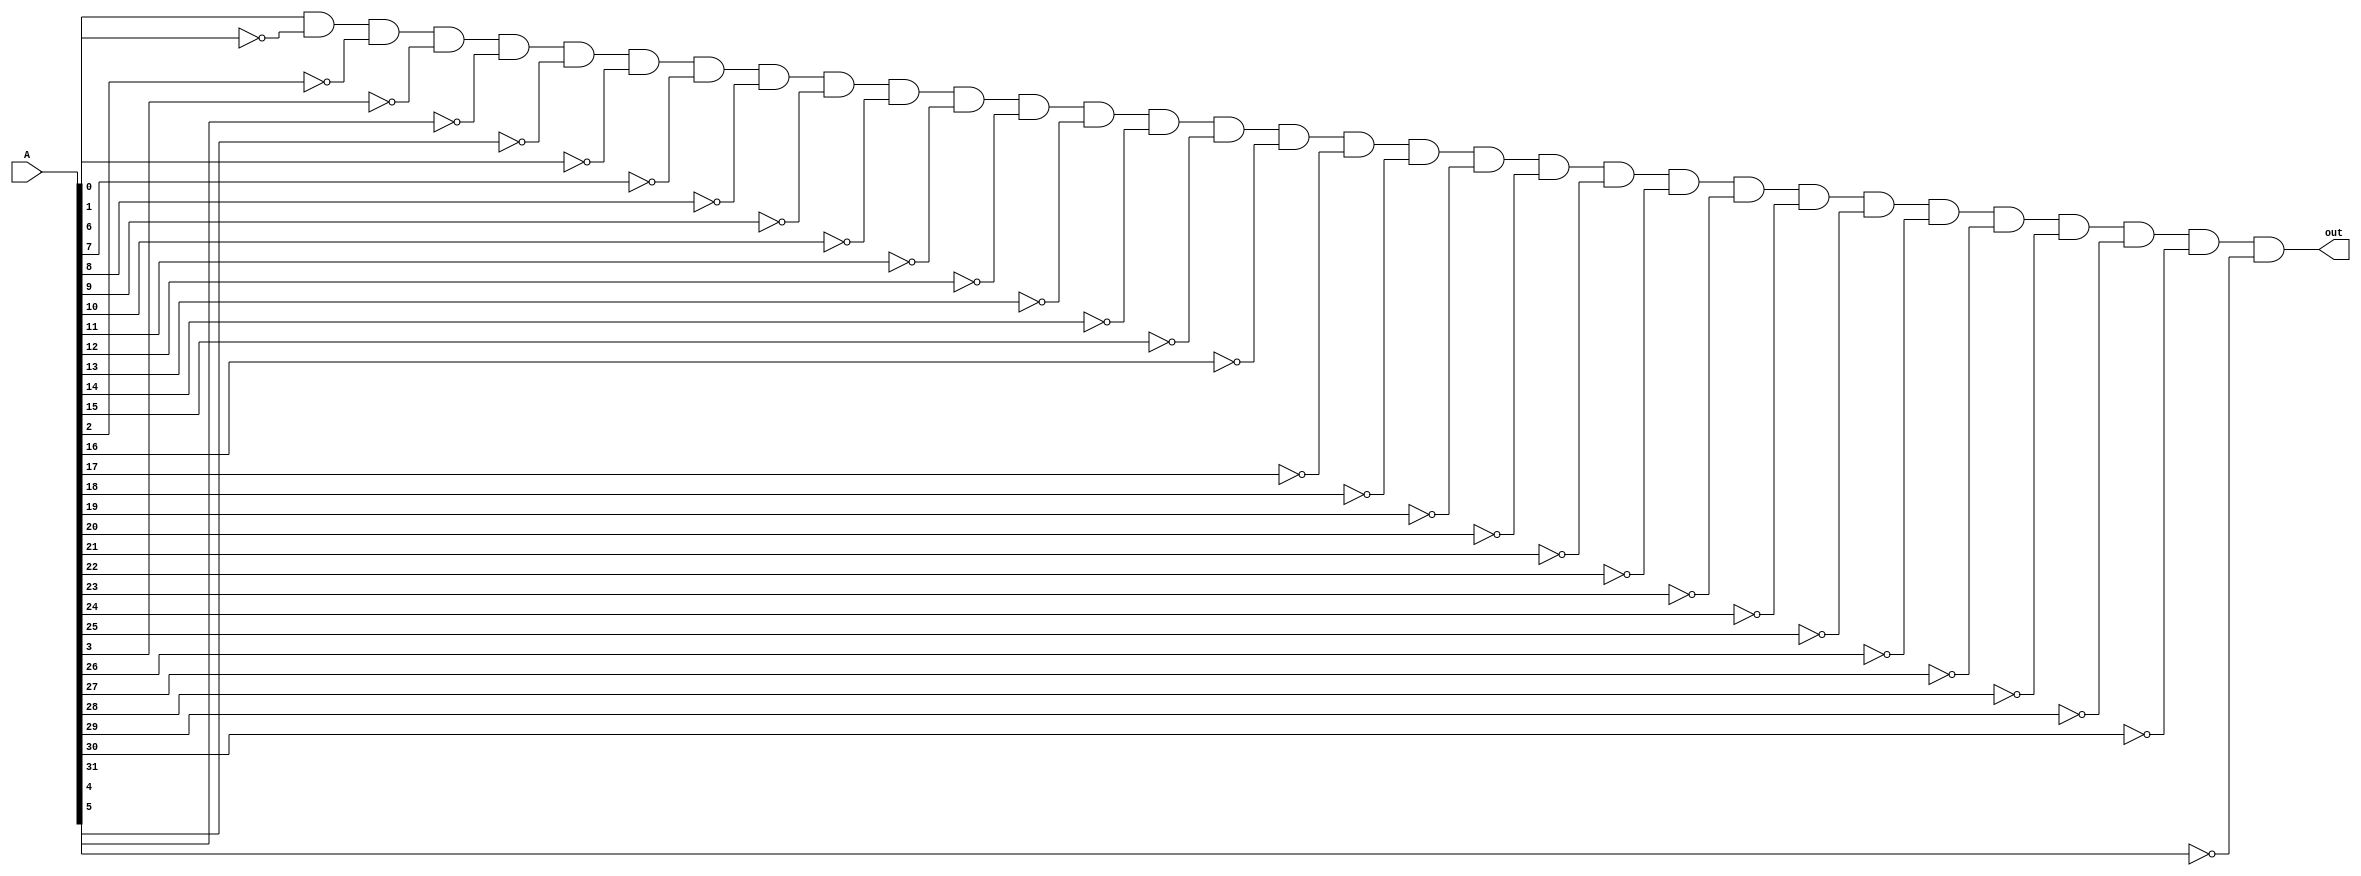
module jone(out, A); 
    input [31:0] A; 
    output out; 

    and ZERO(out, A[0], !A[1], !A[2], !A[3], !A[4], !A[5], !A[6], !A[7] , !A[8], !A[9], !A[10], !A[11], !A[12], !A[13], !A[14], !A[15] , !A[16], !A[17], !A[18], !A[19], !A[20], !A[21], !A[22], !A[23], !A[24], !A[25], !A[26], !A[27], !A[28], !A[29], !A[30], !A[31]); 

endmodule